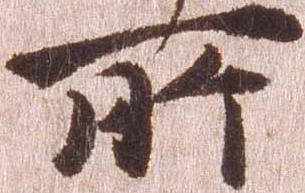
所